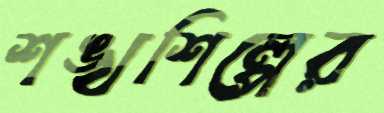
শঙ্খশিল্পের